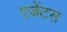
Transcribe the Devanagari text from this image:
एजेंटस